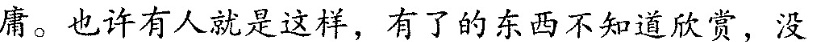
庸。也许有人就是这样，有了的东西不知道欣赏，没